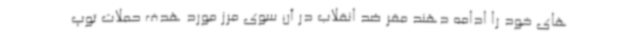
های خود را ادامه دهند مقر ضد انقلاب در آن سوی مرز مورد هدف حملات توپ